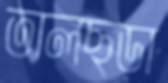
তালছড়া